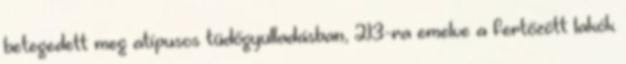
betegedett meg atípusos tüdőgyulladásban, 213-ra emelve a fertőzött lakók